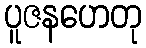
ပူဇနဟေတု